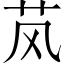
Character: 𬜥